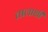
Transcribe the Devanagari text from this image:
तालाशी